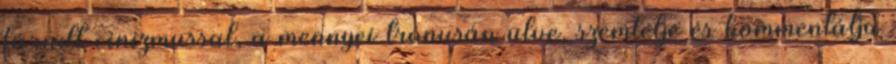
fáradt cinizmussal, a mennyei trónusán ülve, szemlélje és kommentálja